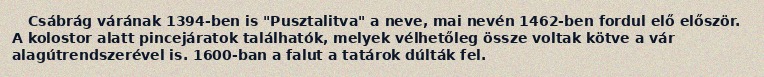
Csábrág várának 1394-ben is "Pusztalitva" a neve, mai nevén 1462-ben fordul elő először. A kolostor alatt pincejáratok találhatók, melyek vélhetőleg össze voltak kötve a vár alagútrendszerével is. 1600-ban a falut a tatárok dúlták fel.